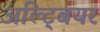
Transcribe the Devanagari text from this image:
अल्ट्बियर